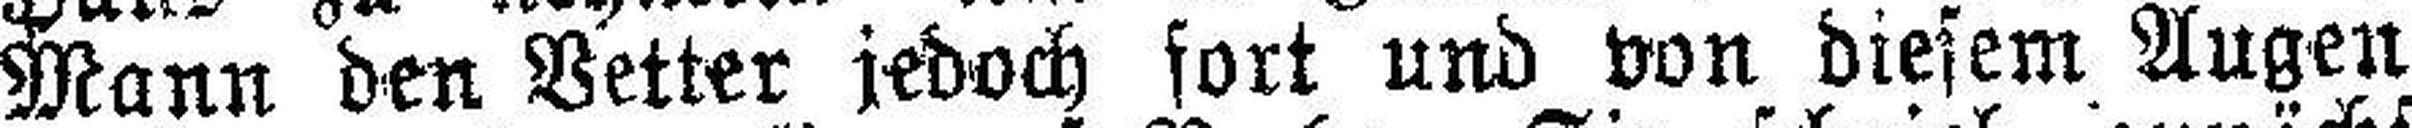
Mann den Vetter jedoch fort und von diesem Augen¬